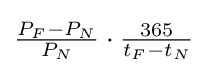
{\textstyle {\frac {P_{F}-P_{N}}{P_{N}}}\cdot {\frac {365}{t_{F}-t_{N}}}}